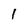
Character: I